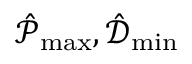
\hat { \mathcal { P } } _ { \operatorname* { m a x } } , \hat { \mathcal { D } } _ { \operatorname* { m i n } }